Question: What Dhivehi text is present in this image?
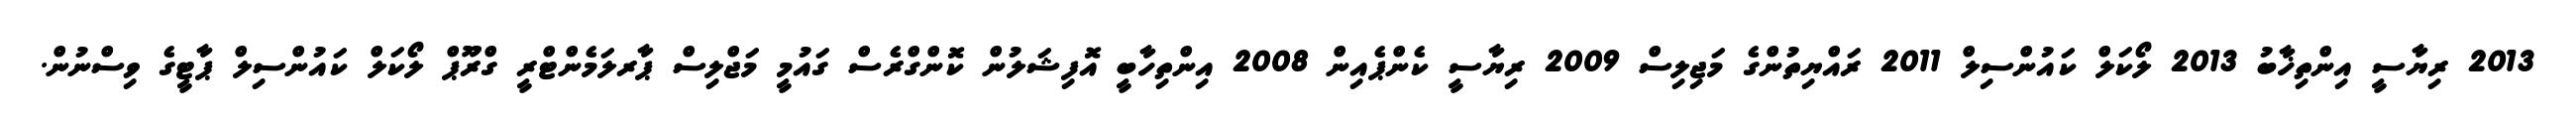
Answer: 2013 ރިޔާސީ އިންތިޚާބު 2013 ލޯކަލް ކައުންސިލް 2011 ރައްޔިތުންގެ މަޖިލިސް 2009 ރިޔާސީ ކެންޕެއިން 2008 އިންތިހާބީ އޮފިޝަލުން ކޮންގްރެސް ގައުމީ މަޖްލިސް ޕާރލަމެންޓްރީ ގްރޫޕް ލޯކަލް ކައުންސިލް ޕާޓީގެ ވިސްނުން.